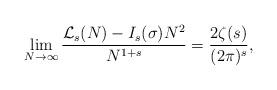
LaTeX: \begin{align*}\lim_{N\rightarrow\infty}\frac{\mathcal{L}_{s}(N)-I_{s}(\sigma) N^{2}}{N^{1+s}}=\frac{2\zeta(s)}{(2\pi)^{s}},\end{align*}